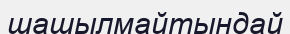
шашылмайтындай